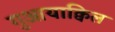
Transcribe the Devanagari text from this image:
गुआयाक्विल